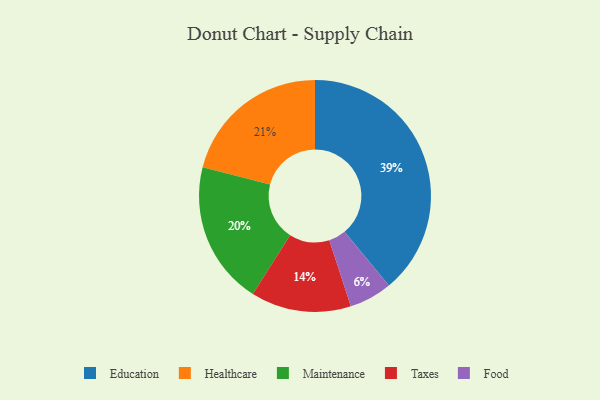
{"axis": {"x": "Category", "y": "Percentage"}, "legend": ["Education", "Food", "Healthcare", "Maintenance", "Taxes"], "data": [{"x": "Maintenance", "y": 20, "type": "Maintenance"}, {"x": "Education", "y": 39, "type": "Education"}, {"x": "Healthcare", "y": 21, "type": "Healthcare"}, {"x": "Taxes", "y": 14, "type": "Taxes"}, {"x": "Food", "y": 6, "type": "Food"}]}